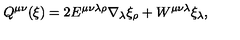
Q ^ { \mu \nu } ( \xi ) = 2 E ^ { \mu \nu \lambda \rho } \nabla _ { \lambda } \xi _ { \rho } + W ^ { \mu \nu \lambda } \xi _ { \lambda } ,